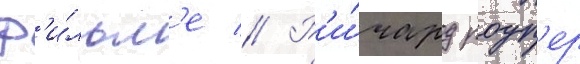
ф'и́льм'е // Р'и́чард роуп'ер